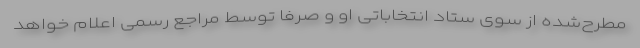
مطرح‌شده از سوی ستاد انتخاباتی او و صرفاً توسط مراجع رسمی اعلام خواهد